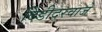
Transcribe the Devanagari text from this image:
दिंडीदरवाजे